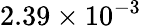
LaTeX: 2.39\times 10^{-3}